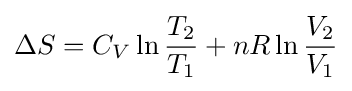
\Delta S=C_{V}\ln {T_{2} \over T_{1}}+nR\ln {V_{2} \over V_{1}}